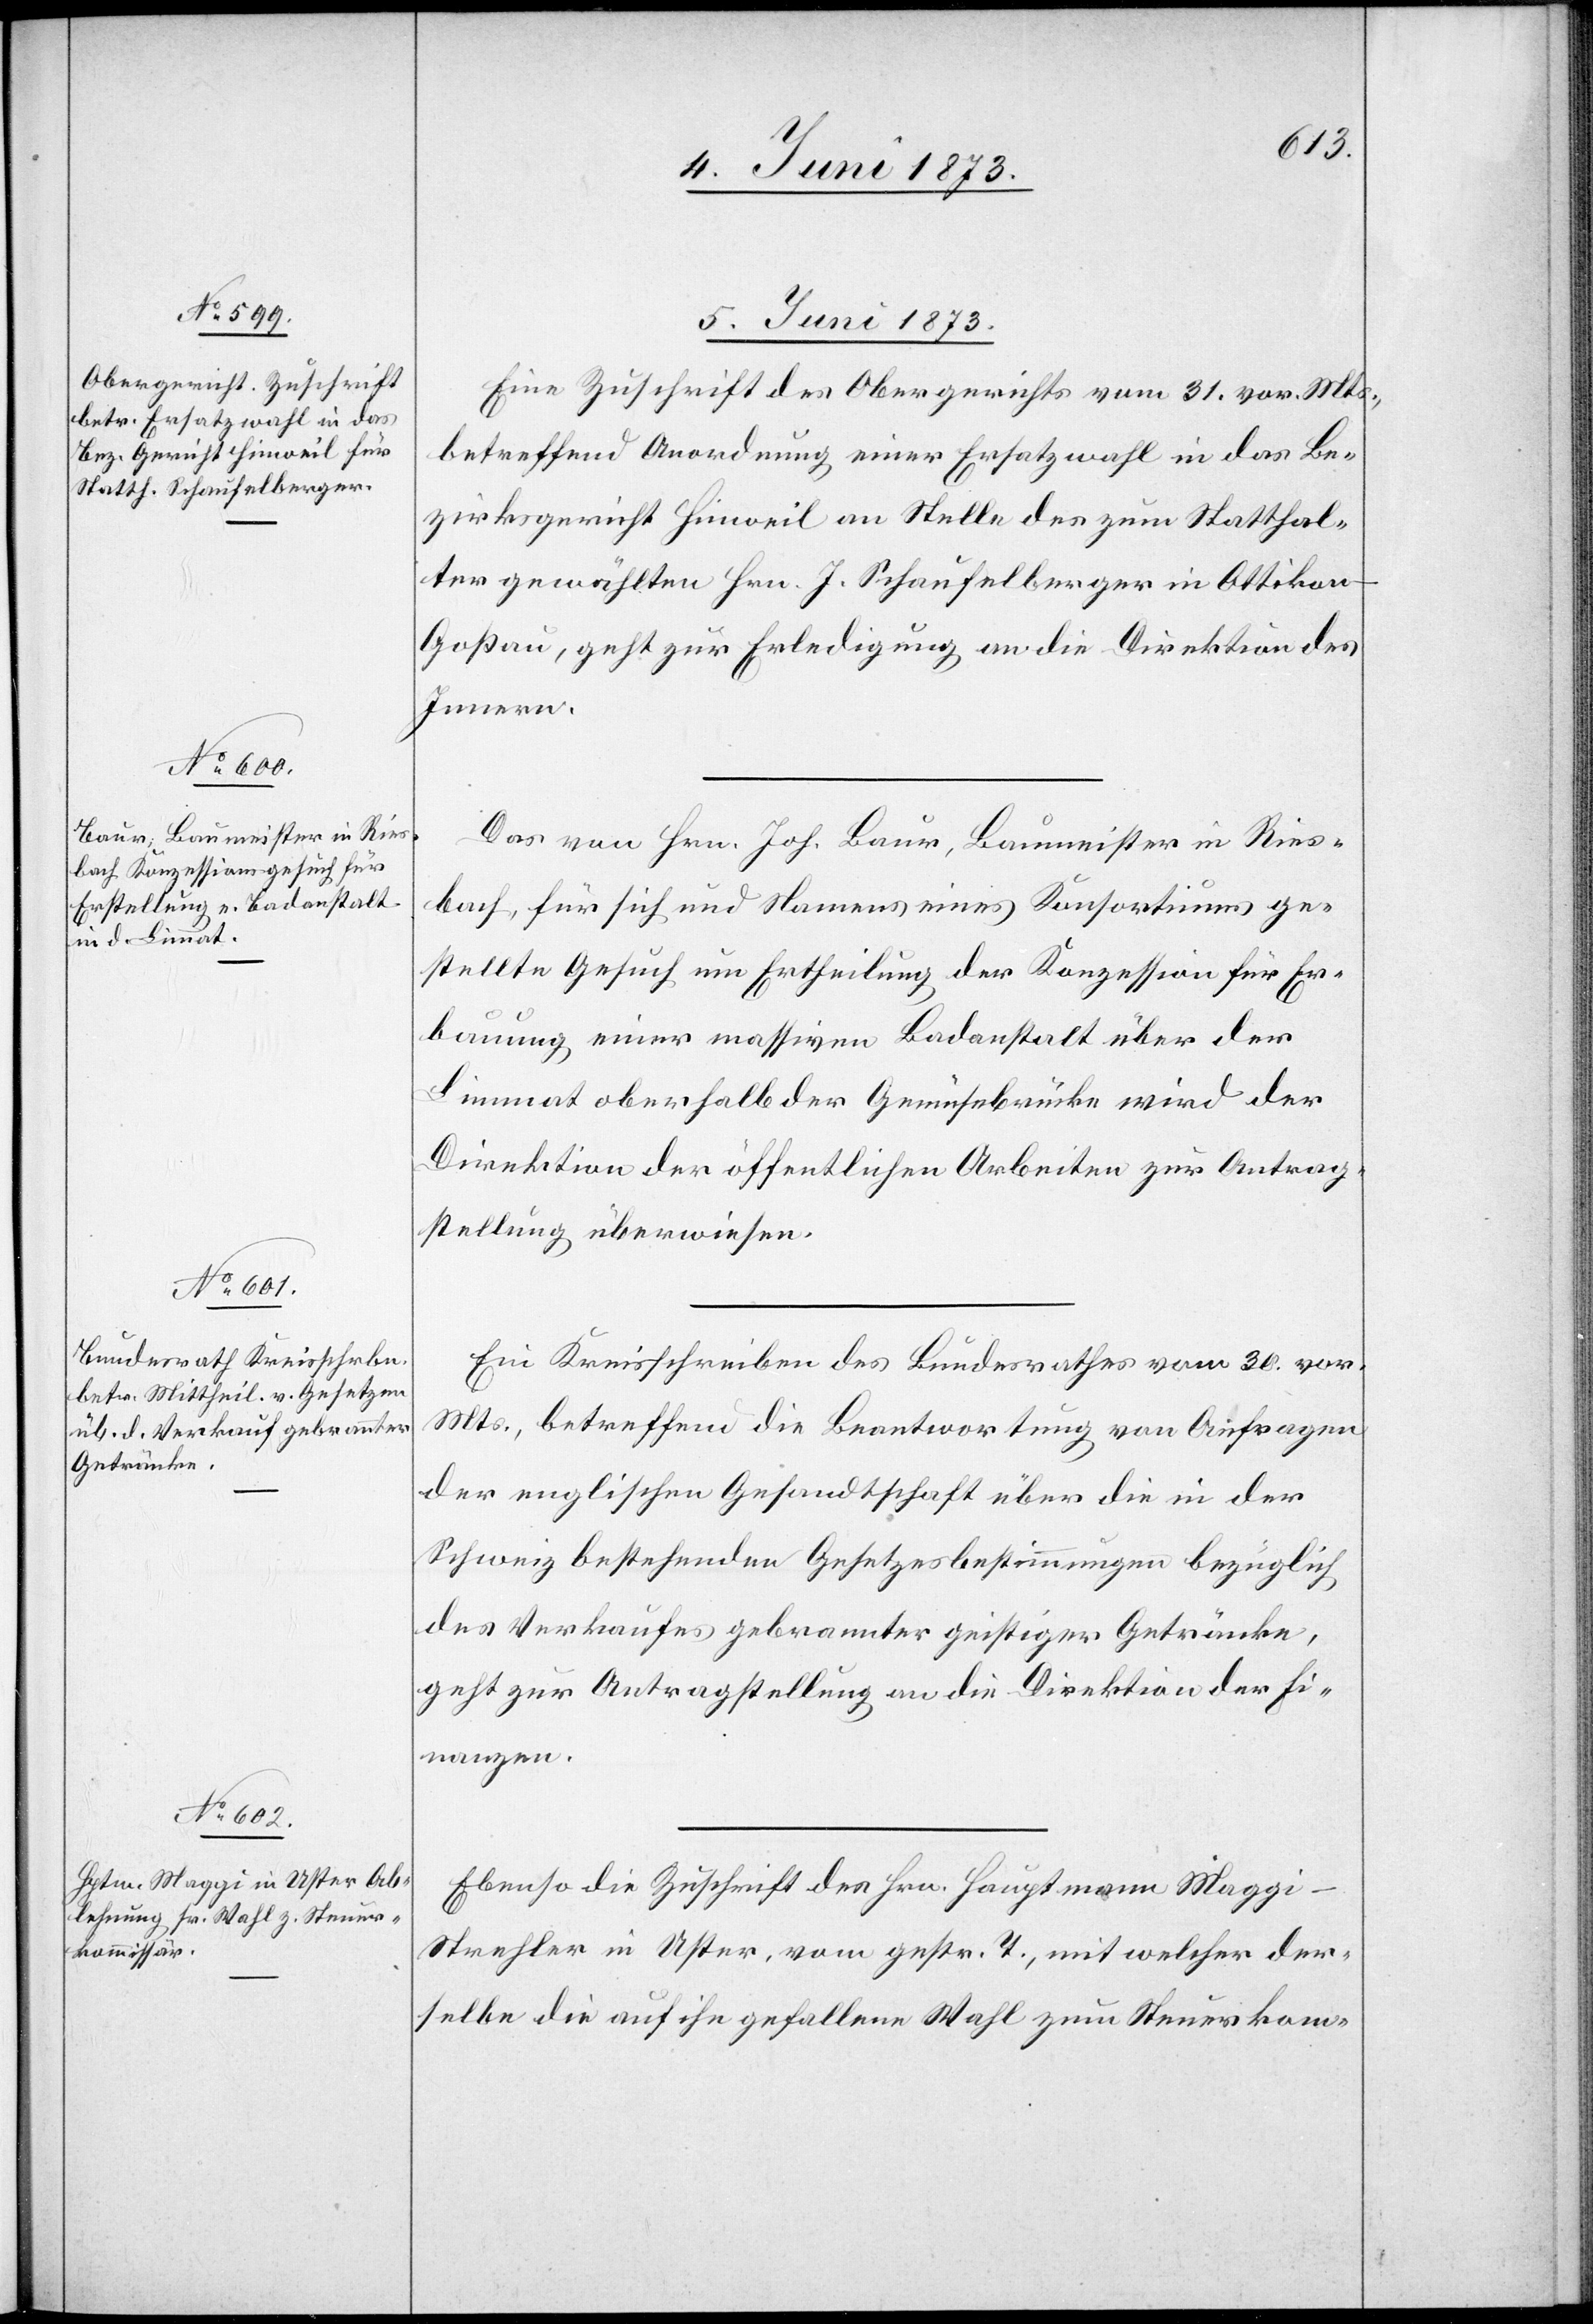
5. Juni 1873.]
Eine Zuschrift des Obergerichts vom 31. vor. Mts.,
betreffend Anordnung einer Ersatzwahl in das Be¬
zirksgericht Hinweil an Stelle des zum Statthal¬
ter gewählten Hrn. J. Schaufelberger in Ottikon-G¬
oßau, geht zur Erledigung an die Direktion des
Innern.
Das von Hrn. Joh. Baur, Baumeister in Ries¬
bach, für sich und Namens eines Konsortiums ge¬
stellte Gesuch um Ertheilung der Konzession für Er¬
bauung einer massiven Badanstalt über der
Limmat oberhalb der Gemüsebrücke wird der
Direktion der öffentlichen Arbeiten zur Antrag¬
stellung überwiesen.
Ein Kreisschreiben des Bundesrathes vom 30. vor.
Mts., betreffend die Beantwortung von Anfragen
der englischen Gesandtschaft über die in der
Schweiz bestehenden Gesetzesbestimmungen bezüglich
des Verkaufes gebrannter geistiger Getränke,
geht zur Antragstellung an die Direktion der Fi¬
nanzen.
Ebenso die Zuschrift des Hrn. Hauptmann Magg¬
i-Strehler in Uster, vom gestr. T., mit welcher der¬
selbe die auf ihn gefallene Wahl zum Steuerkom-